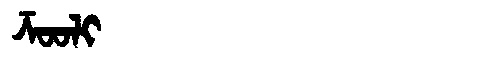
Manchu: ᡯᠣᠣᠯᡳ
Romanization: DZOOLI